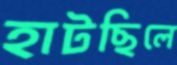
হাটছিলে